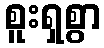
စူးရှစွာ